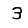
Digit: 3